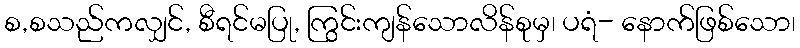
စ,စသည်ကလျှင်, စီရင်မပြု, ကြွင်းကျန်သောလိန်စုမှ၊ ပရံ- နောက်ဖြစ်သော၊